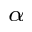
_ { \alpha }